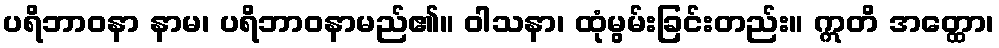
ပရိဘာဝနာ နာမ၊ ပရိဘာဝနာမည်၏။ ဝါသနာ၊ ထုံမွမ်းခြင်းတည်း။ ဣတိ အတ္ထော၊